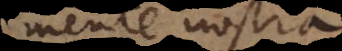
mente nostra.